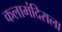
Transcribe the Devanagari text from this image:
कलामंदिराला